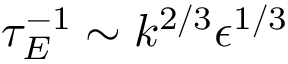
\tau _ { E } ^ { - 1 } \sim k ^ { 2 / 3 } \epsilon ^ { 1 / 3 }